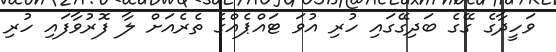
ވަހީދާގެ ގޭގެ ބަދިގޭގައި ހުރި އުވަ ޓައްޕެއްގެ ތެރެއަށް ލާ ފޮރުވާފައި ހުރި